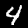
Digit: 4